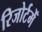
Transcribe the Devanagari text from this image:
रिजोर्टमेँ